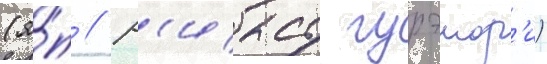
(я́п // Р'иасу гурэмор'и)